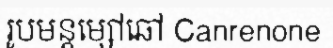
រូបមន្តម្សៅឆៅ Canrenone